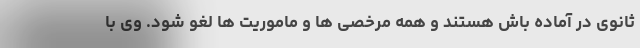
ثانوی در آماده باش هستند و همه مرخصی ها و ماموریت ها لغو شود. وی با